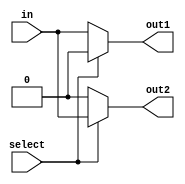
module demux(input wire in, input wire select, output reg out1, output reg out2);
    always @ (in, select)
        begin
            if (select)
                begin
                    out1 = 1'b0;
                    out2 = in;
                end
            else
                begin
                    out1 = in;
                    out2 = 1'b0;
                end
        end
endmodule